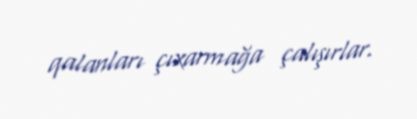
qalanları çıxarmağa çalışırlar.